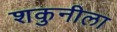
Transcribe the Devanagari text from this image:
शकुनीला